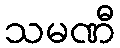
သမဏီ